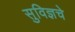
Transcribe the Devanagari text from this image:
सुविज्ञचे